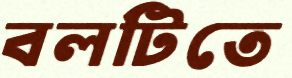
বলটিতে